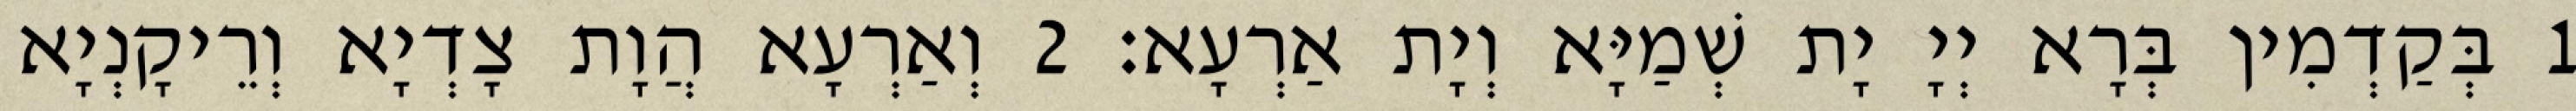
1 בְּקַדְמִין בְּרָא יְיָ יָת שְׁמַיָּא וְיָת אַרְעָא׃ 2 וְאַרְעָא הֲוָת צָדְיָא וְרֵיקָנְיָא